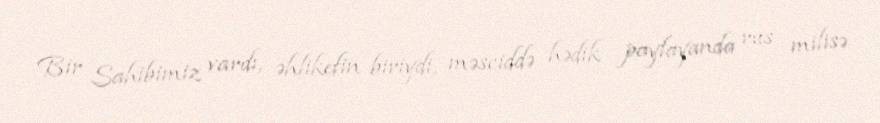
Bir Sahibimiz vardı, əhlikefin biriydi, məsciddə hədik paylayanda rus milisə